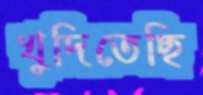
খুদিতেছি